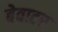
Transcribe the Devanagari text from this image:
बेवाटर